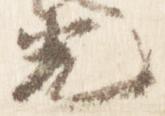
光